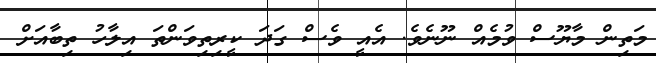
މަތިން މާޔޫސް ވުމެއް ނޫނެވެ. އެއީ ވެސް ގަދަ ކީރިތިވަންތަ އިލާހު ތިބާއަށް